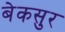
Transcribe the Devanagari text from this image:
बेकसुर